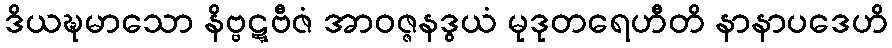
ဒိယဍ္ဎမာသော နိဗ္ဗဋ္ဋဗီဇံ အာဝဇ္ဇနဒွယံ မုဒုတရေဟီတိ နာနာပဒေဟိ